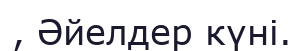
, Әйелдер күні.